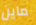
ماين